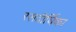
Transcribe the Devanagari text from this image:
रसदीर्घिका